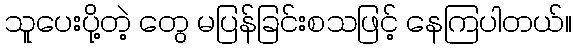
သူပေးပို့တဲ့ တွေ မပြန်ခြင်းစသဖြင့် နေကြပါတယ်။